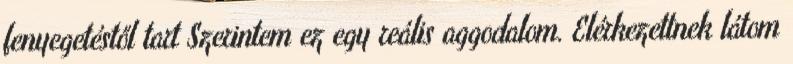
fenyegetéstől tart Szerintem ez egy reális aggodalom. Elérkezettnek látom